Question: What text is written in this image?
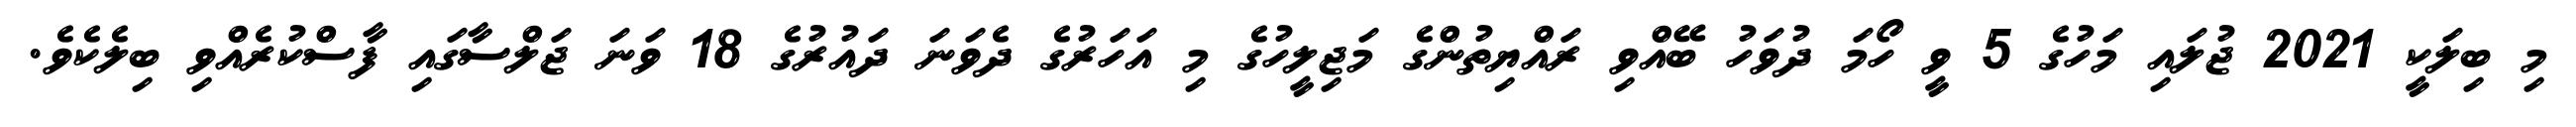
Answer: މި ބިލަކީ 2021 ޖުލައި މަހުގެ 5 ވީ ހޯމަ ދުވަހު ބޭއްވި ރައްޔިތުންގެ މަޖިލީހުގެ މި އަހަރުގެ ދެވަނަ ދައުރުގެ 18 ވަނަ ޖަލްސާގައި ފާސްކުރެއްވި ބިލެކެވެ.